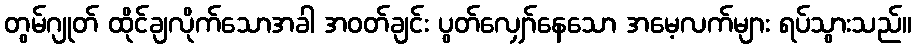
တွမ်ဂျုတ် ထိုင်ချလိုက်သောအခါ အဝတ်ချင်း ပွတ်လျှော်နေသော အမေ့လက်များ ရပ်သွားသည်။